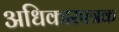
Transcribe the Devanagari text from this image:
अधिकारपत्रक